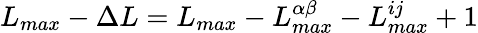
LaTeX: L_{max}-\Delta L=L_{max}-L_{max}^{\alpha\beta}-L_{max}^{ij}+1